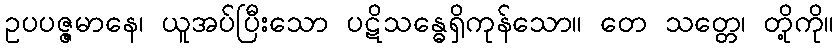
ဥပပဇ္ဇမာနေ၊ ယူအပ်ပြီးသော ပဋိသန္ဓေရှိကုန်သော။ တေ သတ္တေ၊ တို့ကို။